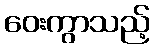
ဝေးကွာသည့်